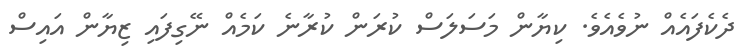
ދެކެފައެއް ނުވެއެވެ. ކިޔާން މަސަލަސް ކުރަން ކުރާނެ ކަމެއް ނޭގިފައި ޒިޔާން އައިސް